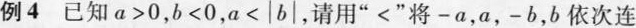
例4已知a>0，b<0，a<|b|，请用”<”将-a，a，-b，b依次连